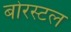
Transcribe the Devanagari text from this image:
बोरस्टल